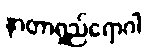
နာတာရှည်ရောဂါ